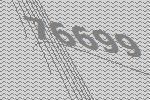
76699